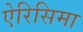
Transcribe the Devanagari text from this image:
ऐरिसिमा